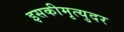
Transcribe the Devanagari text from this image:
इसकीमृत्युदर